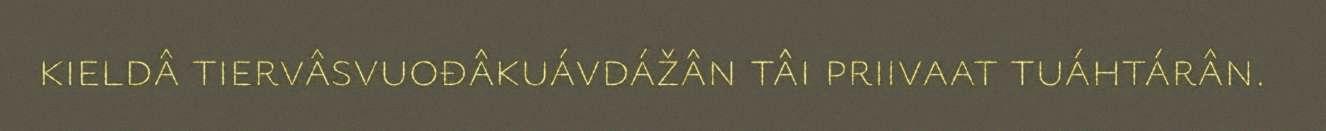
kieldâ tiervâsvuođâkuávdážân tâi priivaat tuáhtárân.